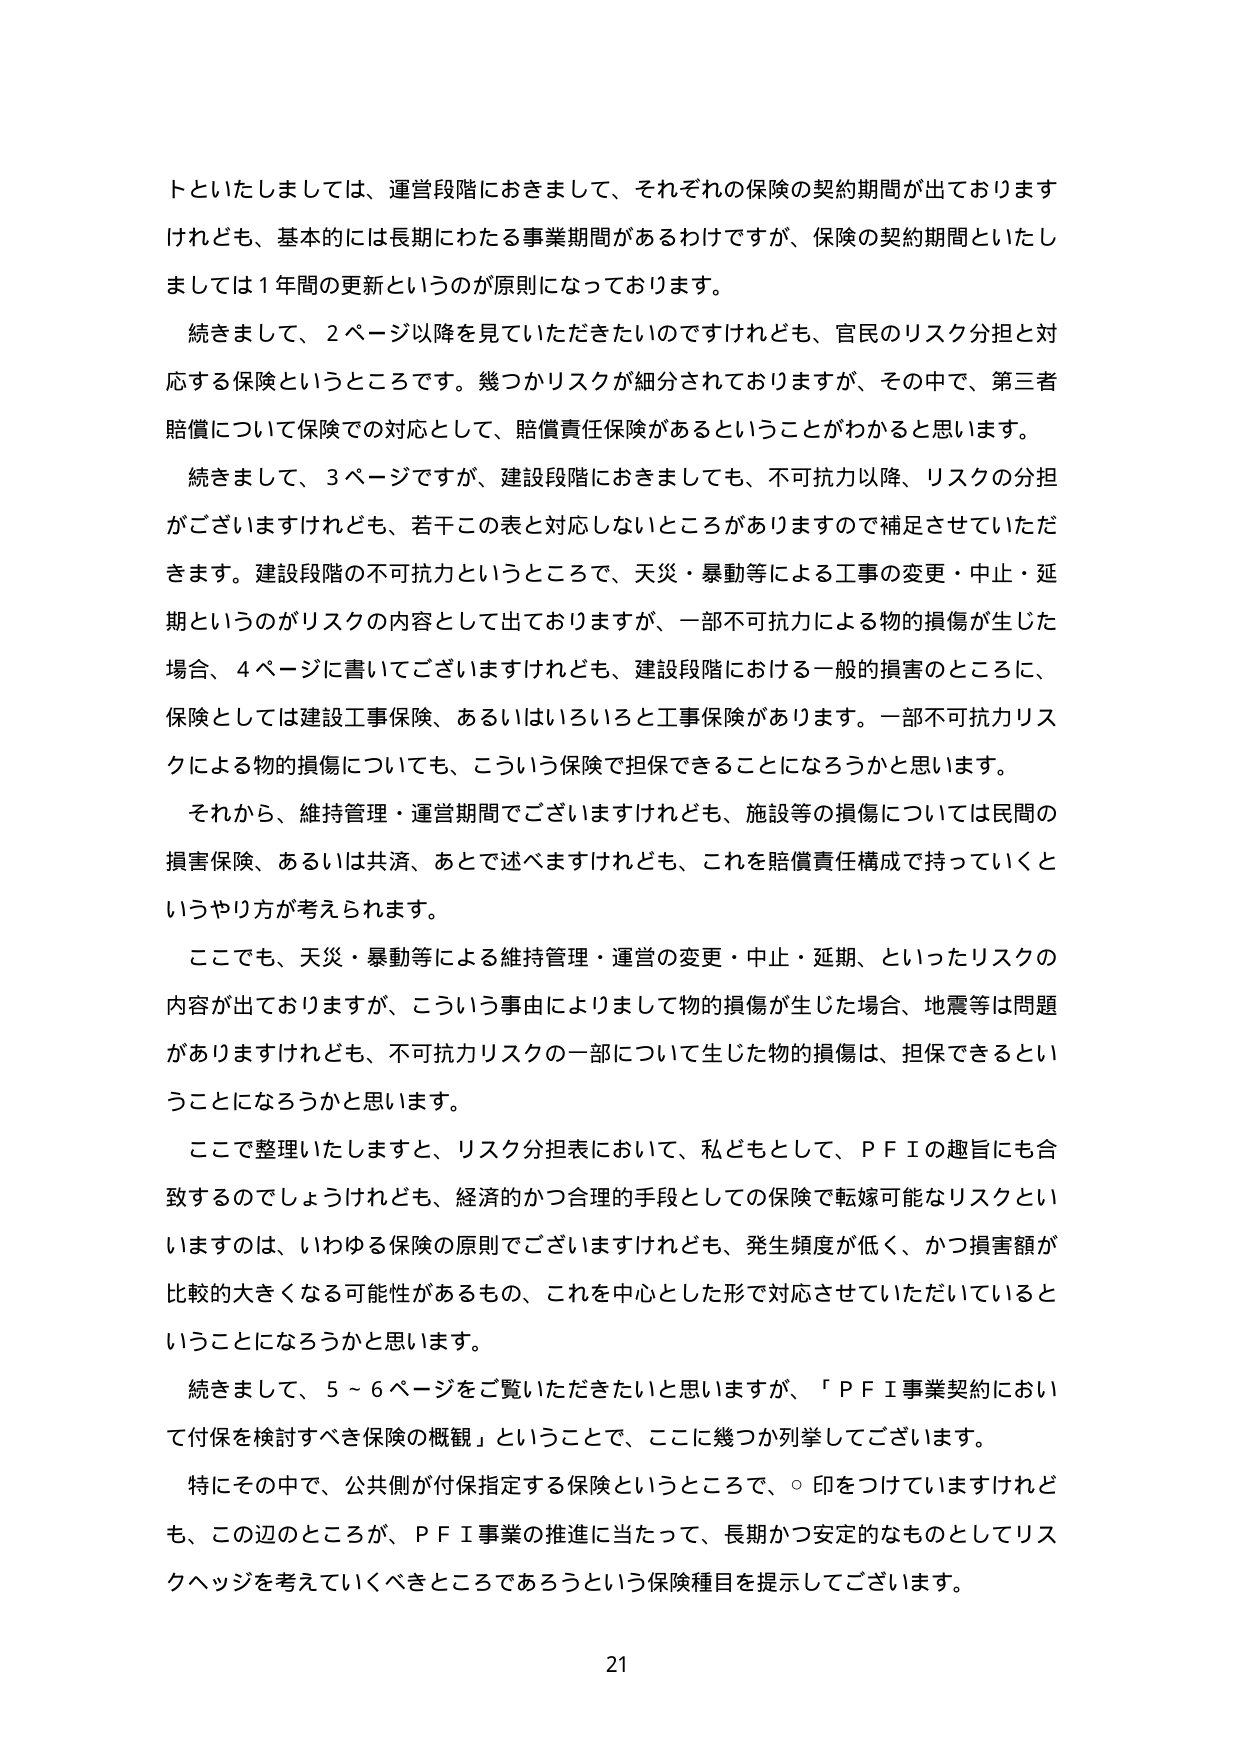
トといたしましては、運営段階におきまして、それぞれの保険の契約期間が出ておりますけれども、基本的には長期にわたる事業期間があるわけですが、保険の契約期間といたしましては１年間の更新というのが原則になっております。

続きまして、２ページ以降を見ていただきたいのですけれども、官民のリスク分担と対応する保険というところです。幾つかリスクが細分されておりますが、その中で、第三者賠償について保険での対応として、賠償責任保険があるということがわかると思います。

続きまして、３ページですが、建設段階におきましても、不可抗力以降、リスクの分担がございますけれども、若干この表と対応しないところがありますので補足させていただきます。建設段階の不可抗力というところで、天災・暴動等による工事の変更・中止・延期というのがリスクの内容として出ておりますが、一部不可抗力による物的損傷が生じた場合、４ページに書いてございますけれども、建設段階における一般的損害のところに、保険としては建設工事保険、あるいはいろいろと工事保険があります。一部不可抗力リスクによる物的損傷についても、こういう保険で担保できることになろうかと思います。

それから、維持管理・運営期間でございますけれども、施設等の損傷については民間の損害保険、あるいは共済、あとで述べますけれども、これを賠償責任構成で持っていくというやり方が考えられます。

ここでも、天災・暴動等による維持管理・運営の変更・中止・延期、といったリスクの内容が出ておりますが、こういう事由によりまして物的損傷が生じた場合、地震等は問題がありますけれども、不可抗力リスクの一部について生じた物的損傷は、担保できるということになろうかと思います。

ここで整理いたしますと、リスク分担表において、私どもとして、ＰＦＩの趣旨にも合致するのでしょうけれども、経済的かつ合理的手段としての保険で転嫁可能なリスクといいますのは、いわゆる保険の原則でございますけれども、発生頻度が低く、かつ損害額が比較的大きくなる可能性があるもの、これを中心とした形で対応させていただいているということになろうかと思います。

続きまして、５～６ページをご覧いただきたいと思いますが、「ＰＦＩ事業契約において付保を検討すべき保険の概観」ということで、ここに幾つか列挙してございます。

特にその中で、公共側が付保指定する保険というところで、○印をつけていますけれども、この辺のところが、ＰＦＩ事業の推進に当たって、長期かつ安定的なものとしてリスクヘッジを考えていくべきところであろうという保険種目を提示してございます。

21